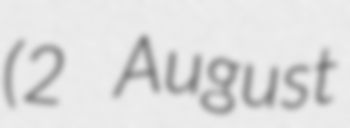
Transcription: (2 August